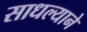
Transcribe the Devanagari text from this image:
साधल्याने